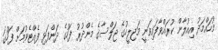
މުހައްމަދު އިއުލާން ކުރައްވާފައިވަނީ މަޖިލީހުގެ ޖަލްސާގެ މެންދުރު ފަހުގެ ދަންފަޅި ފެއްޓެވުމަށް ފަހުގަ